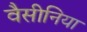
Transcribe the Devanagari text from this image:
वैसीनिया